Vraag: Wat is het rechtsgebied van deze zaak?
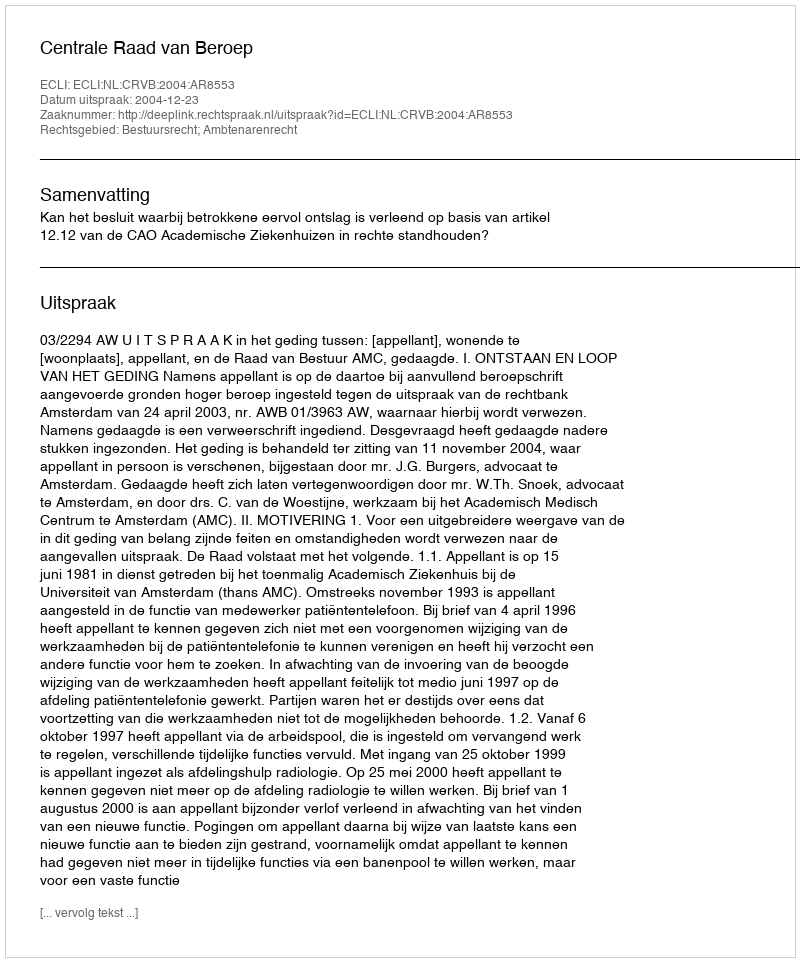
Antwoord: Bestuursrecht; Ambtenarenrecht